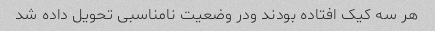
هر سه کیک افتاده بودند و‌در وضعیت نامناسبی تحویل داده شد